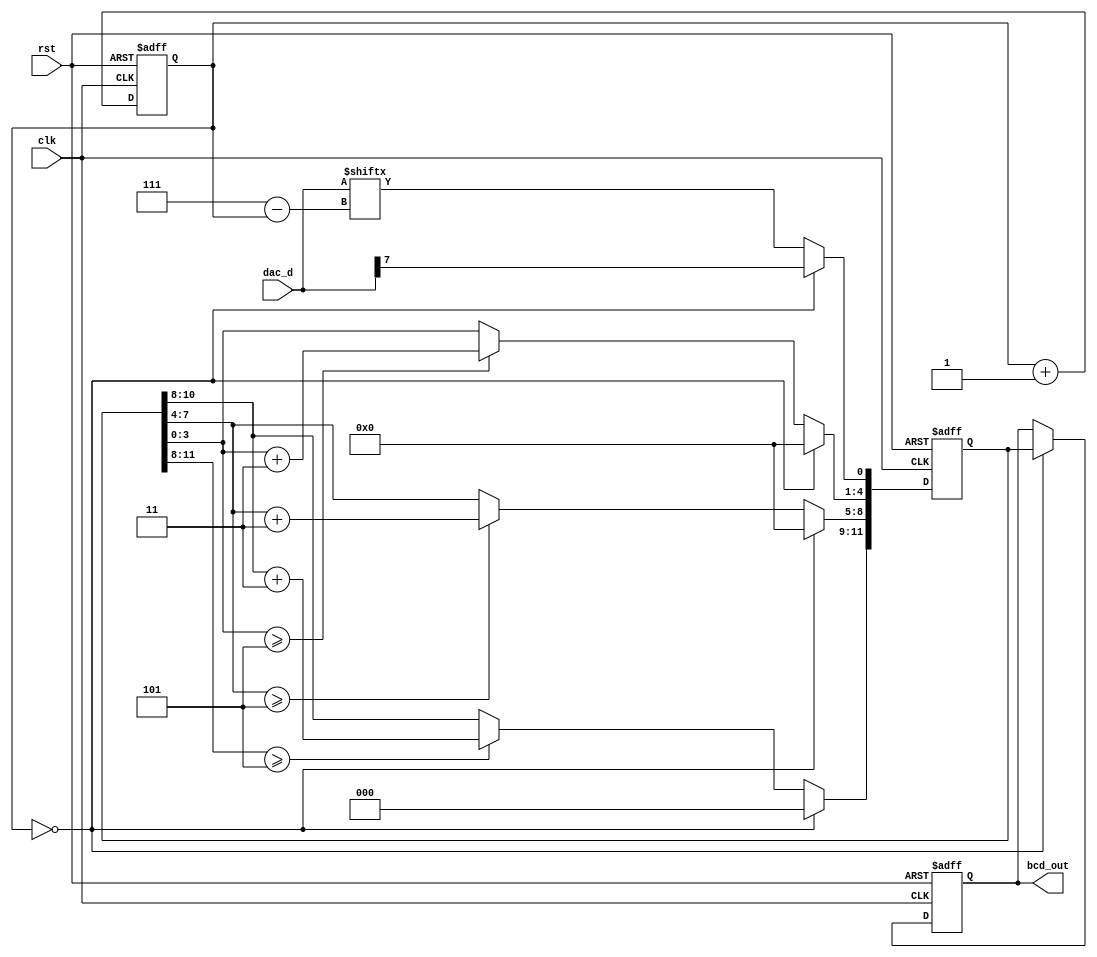
`timescale 1ns / 1ps
//////////////////////////////////////////////////////////////////////////////////
// Company: 
// Engineer: 
// 
// Design Name: 
// Module Name: bin2bcd
// Project Name: 
// Target Devices: 
// Tool Versions: 
// Description: 
// 
// Dependencies: 
// 
// Revision:
// Revision 0.01 - File Created
// Additional Comments:
// 
//////////////////////////////////////////////////////////////////////////////////


module bin2bcd(clk, rst, dac_d, bcd_out);

input clk, rst;
input[7:0] dac_d;
reg[11:0] bcd;
output reg[11:0] bcd_out;

reg[2:0] i;

always @(posedge clk or negedge rst) begin
    if(!rst) begin
        bcd <= {4'd0, 4'd0, 4'd0};
        i <= 0;
    end
    else begin
        if(i == 0) begin
            bcd[11:1] <= 11'b0000_0000_000;
            bcd[0] <= dac_d[7];
        end
        else begin
            bcd[11:9] <= (bcd[11:8] >= 3'd5) ? bcd[11:8] + 2'd3 : bcd[11:8];
            bcd[8:5] <= (bcd[7:4] >= 3'd5) ? bcd[7:4] + 2'd3 : bcd[7:4];
            bcd[4:1] <= (bcd[3:0] >= 3'd5) ? bcd[3:0] + 2'd3 : bcd[3:0];
            bcd[0] <= dac_d[7-i];
        end
        i <= i + 1;
    end
end

always @(posedge clk or negedge  rst) begin
    if(!rst) bcd_out <= {4'd0, 4'd0, 4'd0};
    else if(i == 0) bcd_out <= bcd;
end

endmodule